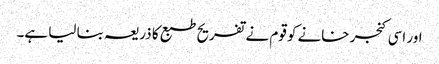
اور اسی کنجر خانے کو قوم نے تفریح طبع کا ذریعہ بنا لیا ہے۔